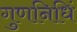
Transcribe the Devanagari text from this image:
गुणनिधिं